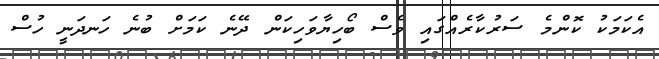
އެކަމަކު ކޮންމެ ސަރުކާރެއްގައި ވެސް ބޯހިޔާވަހިކަން ދޭނެ ކަމަށް ބުނެ ހަނދަނީ ހުސް